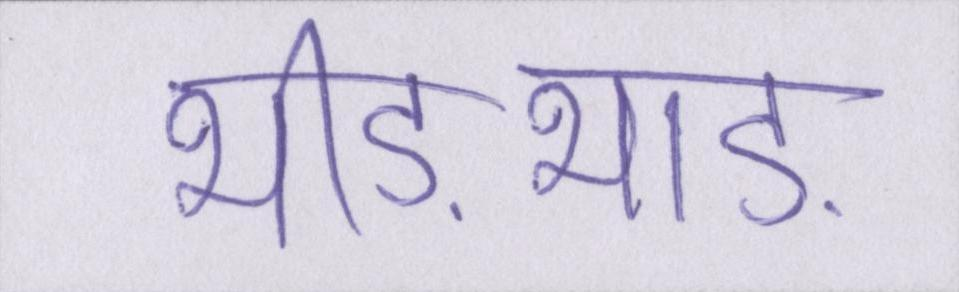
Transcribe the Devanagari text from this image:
भीड़भाड़